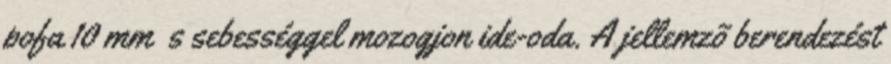
pofa 10 mm s sebességgel mozogjon ide-oda. A jellemzõ berendezést